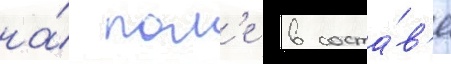
на́ пол'е в соста́в'е